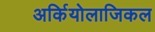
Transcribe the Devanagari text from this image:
अर्कियोलाजिकल